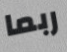
ربما